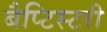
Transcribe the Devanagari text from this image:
बैप्टिस्टरी